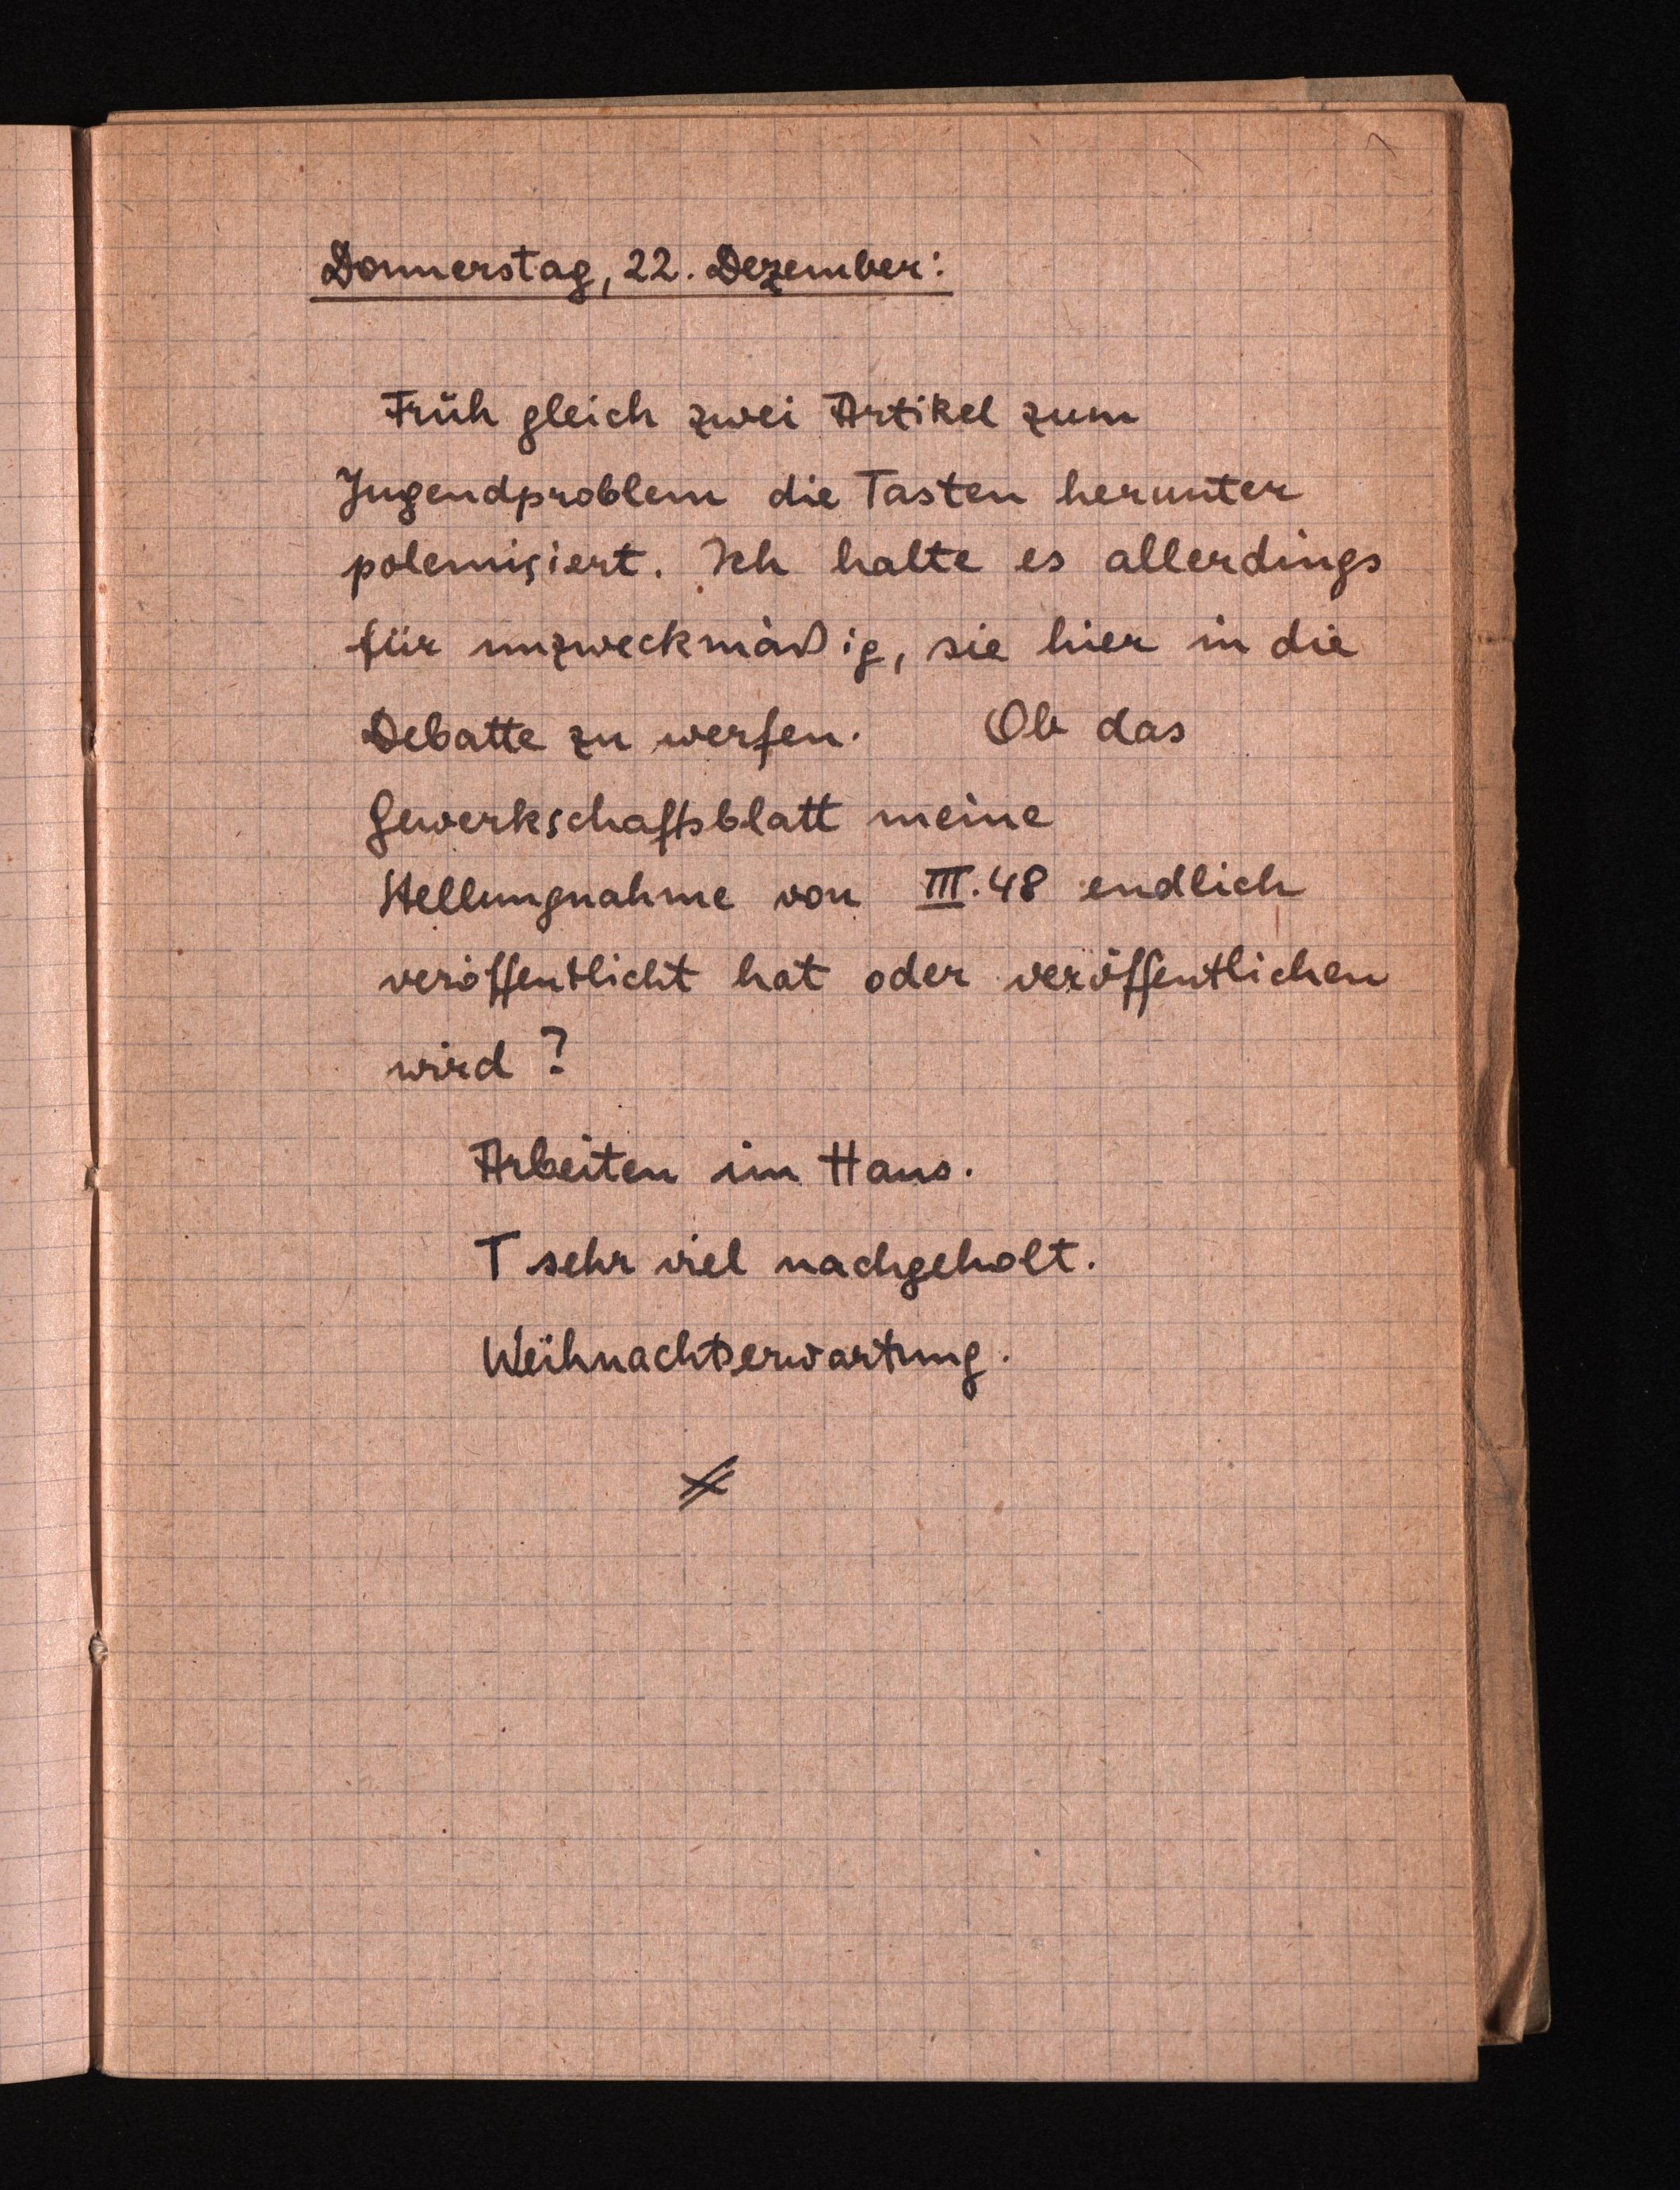
Donnerstag, 22.Dezember:
Früh gleich zwei Artikel zum
Jugendproblem die Tasten herunter
polemisiert. Ich halte es allerdings
für unzweckmäßig, sie hier in die
Debatte zu werfen. Ob das
Gewerkschaftsblatt meine
Stellungnahmevon III. 48 endlich
veröffentlicht hat oderveröffentlichen
wird?
Arbeiten im Haus.
T sehr viel nachgeholt.
Weihnachtserwartung.